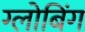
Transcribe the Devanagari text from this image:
ग्लोबिंग